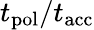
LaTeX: t_{\mathrm{pol}}/t_{\mathrm{acc}}